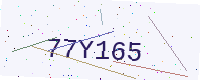
Text: 77Y165